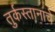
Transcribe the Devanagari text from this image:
तुर्कस्तानाचे